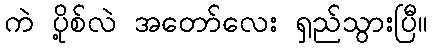
ကဲ ပို့စ်လဲ အတော်လေး ရှည်သွားပြီ။